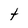
Character: t